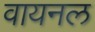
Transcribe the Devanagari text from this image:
वायनल